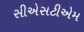
સીએસટીએમ